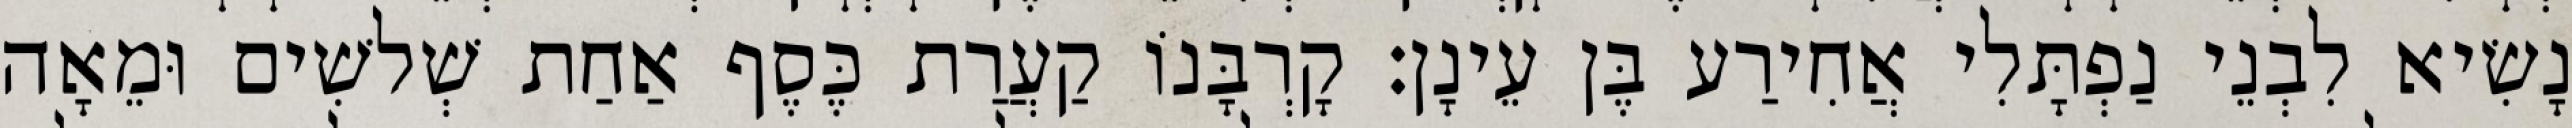
נָשִׂיא לִבְנֵי נַפְתָּלִי אֲחִירַע בֶּן עֵינָן׃ קָרְבָּנוֹ קַעֲרַת כֶּסֶף אַחַת שְׁלשִׁים וּמֵאָה